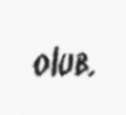
olub.